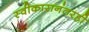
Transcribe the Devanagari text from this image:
स्वीकारानंतरही